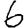
Digit: 6